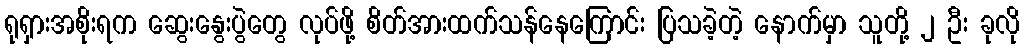
ရုရှားအစိုးရက ဆွေးနွေးပွဲတွေ လုပ်ဖို့ စိတ်အားထက်သန်နေကြောင်း ပြသခဲ့တဲ့ နောက်မှာ သူတို့ ၂ ဦး ခုလို